Statistics compiled by the Government of India from the reports of provincial Civil Veterinary Departments
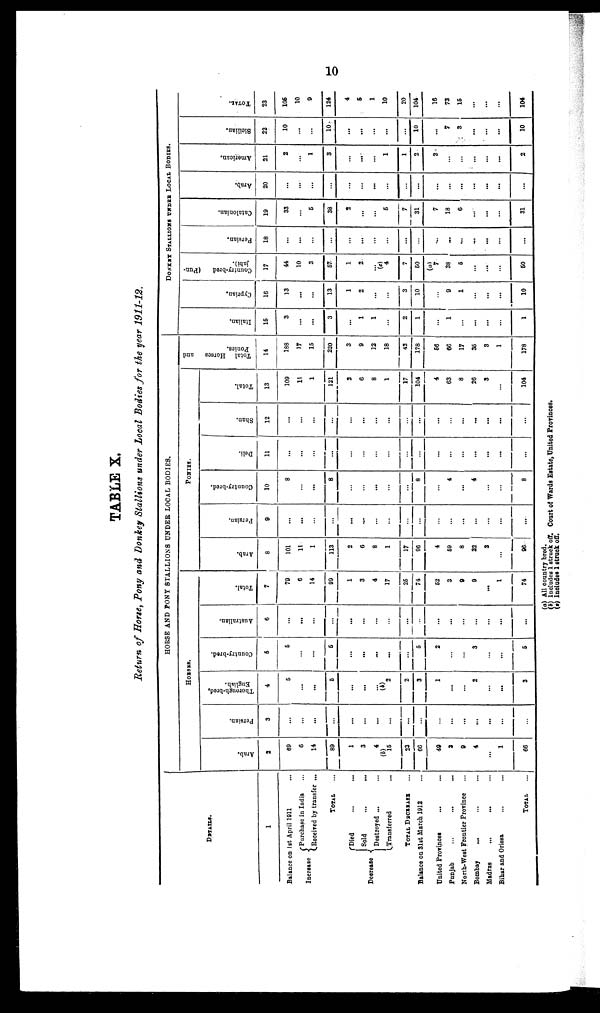
10
TABLE X.
Return of Horse, Pony and Donkey Stallions under Local Bodies for the year 1911-12.
DETAILS.
1
Balance on 1st April 1911 ...
Increase
Purchase in India ...
Received by transfer ...
TOTAL ...
Decrease
Died ... ...
Sold ... ...
Destroyed ... ...
Transferred ...
TOTAL DECREASE ... ...
Balance on 31st March 1912 ... ...
United Provinces ... ...
Punjab ... ... ...
North-West Frontier Province ... ...
Bombay
... ... ...
Madras
...
... ...
Bihar and Orissa ... ...
TOTAL ..
HORSE AND PONY STALLIONS UNDER LOCAL BODIES.
HORSES.
Arab.
2
69
6
14
89
1
3
4
(b)
15
23
66
49
3
9
4
...
1
66
Persian.
3
...
...
...
...
...
...
...
...
...
...
...
...
...
...
...
...
...
Thorough-bred,
English.
4
5
...
...
5
...
...
...
(b)
2
2
3
1
...
...
2
...
...
3
Country-bred.
5
5
...
...
5
...
...
...
...
...
5
2
...
...
3
...
...
5
Australian.
6
...
...
...
...
...
...
...
...
...
...
...
...
...
...
...
...
...
Total.
7
79
6
14
99
1
3
4
17
25
74
52
3
9
9
...
1
74
PONIES.
Arab.
8
101
11
1
113
2
6
8
1
17
96
4
59
8
22
3
...
96
Persian.
9
...
...
...
...
...
...
...
...
...
...
...
...
...
...
...
...
...
Country-bred.
10
8
...
...
8
...
..
...
...
...
8
...
4
...
4
...
...
8
Deli.
11
...
...
...
...
...
...
...
...
...
...
...
...
...
...
...
...
...
Shan.
12
...
...
...
...
...
...
...
...
...
...
...
...
...
...
...
...
...
Total.
13
109
11
1
121
2
6
8
1
17
104
4
63
8
26
3
...
104
Total Horses
and
Ponies.
14
188
17
15
220
3
9
12
18
43
178
56
66
17
35
3
1
178
DONKEY STALLIONS UNDER LOCAL BODIES.
I t al i an.
15
3
...
...
3
...
1
1
...
2
1
...
1
...
...
...
...
1
Cypr i
an.
16
13
...
...
13
1
2
...
...
3
10
...
9
1
...
...
...
10
Country-bred
(Pun-
jabi).
17
44
10
3
57
1
2
...
(c)
4
7
50
(a)
7
38
5
...
...
...
50
Per s i
an.
18
...
...
...
...
...
...
...
...
...
...
...
...
...
...
...
...
...
Cat al oni an.
19
33
...
5
38
2
...
...
5
7
31
7
18
6
...
...
...
31
Ar ab.
20
...
...
...
...
...
...
...
...
...
...
...
...
...
...
...
...
...
Ame r
i
c a n.
21
2
...
1
3
...
...
...
1
1
2
2
...
...
...
...
...
2
Si ci l i an.
22
10
...
...
10
...
...
...
...
...
10
...
7
3
...
...
...
10
TOTAL.
23
105
10
9
124
4
5
1
10
20
104
15
73
15
...
...
...
104
(a) All country bred.
(b) Includes 1 struck off. Court of Wards Estate, United Provinces.
(c) Includes 1 struck off.